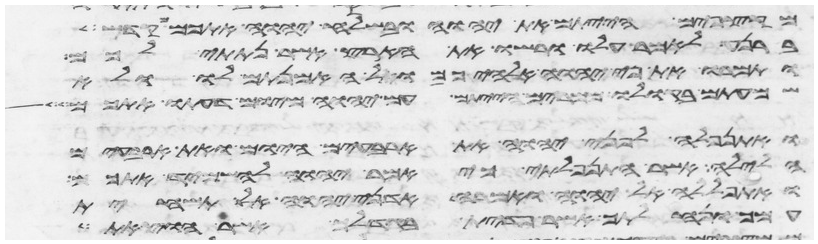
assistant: מקצפים הייתם את יהוה ובשלח יהוה אתכם מקדש
ברנע לאמר עלו ורשו את הארץ אשר נתתי לכם
ותמרו את פי יהוה אלהיכם ולא האמנתם לו ולא
שמעתם בקולו ממרים הייתם עם יהוה מיום דעתו אתכם
ואתנפלה לפני יהוה את ארבעים היום ואת ארבעים
הלילה אשר התנפלתי כי אמר יהוה להשמיד אתכם
ואתפללה אל יהוה ואמרה אדני יהוה אל תשחית
עמך ונחלתך אשר פדית בגדלך אשר הוצאת